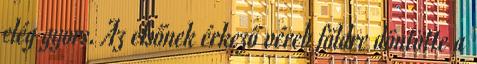
elég gyors. Az elsőnek érkező véreb földre döntötte a